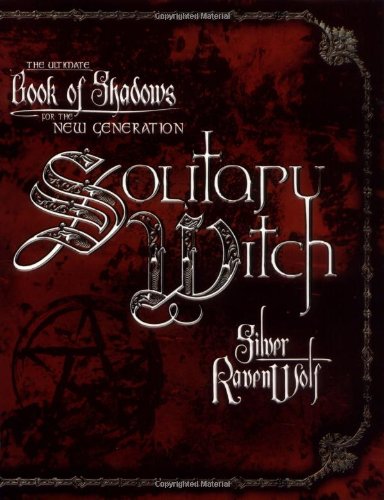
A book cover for Solitary Witch: The Ultimate Book of Shadows for the New Generation; Silver RavenWolf; Religion & Spirituality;